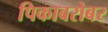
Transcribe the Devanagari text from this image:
पिकाबरोबर